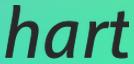
hart